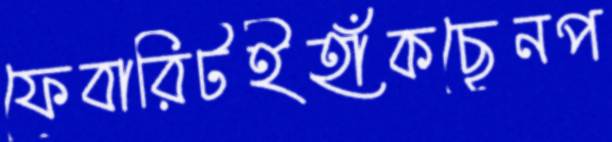
ফেবারিটইহাঁকছেনপ